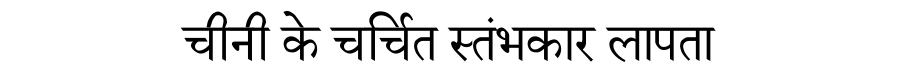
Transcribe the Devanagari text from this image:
चीनी के चर्चित स्तंभकार लापता